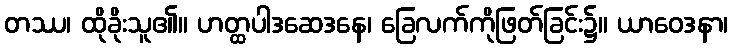
တဿ၊ ထိုခိုးသူ၏။ ဟတ္ထပါဒဆေဒနေ၊ ခြေလက်ကိုဖြတ်ခြင်း၌။ ယာဝေဒနာ၊